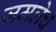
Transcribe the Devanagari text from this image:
जमलेच